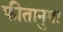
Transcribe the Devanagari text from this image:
फीतानुमा